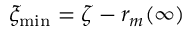
\xi _ { \operatorname* { m i n } } = \zeta - r _ { m } ( \infty )